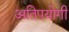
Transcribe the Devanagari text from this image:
अतिपयोगी